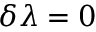
\delta \lambda = 0